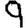
Digit: 9